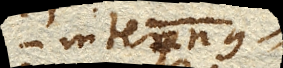
internus